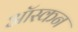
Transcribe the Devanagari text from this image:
ऑस्कन